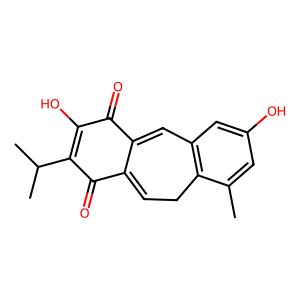
SMILES: Cc1cc(O)cc2c1CC=C1C(=O)C(C(C)C)=C(O)C(=O)C1=C2
Inhibits HIV replication: No